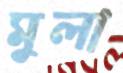
মুলা